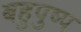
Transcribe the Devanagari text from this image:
बहुपुष्प